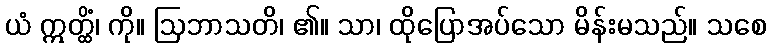
ယံ ဣတ္ထိံ၊ ကို။ ဩဘာသတိ၊ ၏။ သာ၊ ထိုပြောအပ်သော မိန်းမသည်။ သစေ